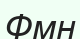
Фмн